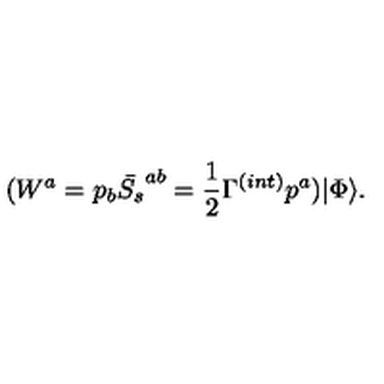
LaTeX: ( W ^ { a } = p _ { b } \bar { S _ { s } } ^ { a b } = \frac { 1 } { 2 } \Gamma ^ { ( i n t ) } p ^ { a } ) | \Phi \rangle .